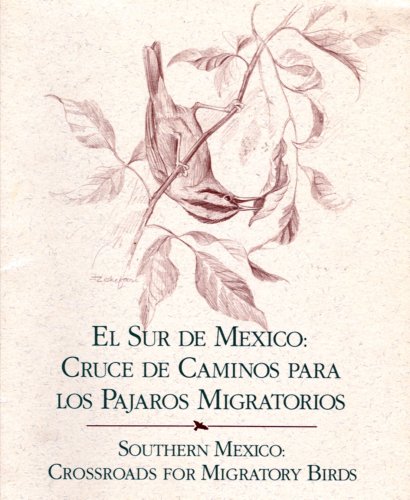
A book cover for El Sur De Mexico: Cruce De Caminos Para Los Pajaros Migratorios / Sothern Mexico: Crossroads for Migratory Birds; Russell Greenburg; Sports & Outdoors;